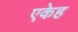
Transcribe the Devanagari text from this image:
एकेह